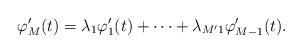
LaTeX: \begin{align*}\varphi'_{M}(t)=\lambda_{1}\varphi'_{1}(t)+\dots+\lambda_{M'1}\varphi'_{M-1}(t).\end{align*}